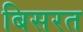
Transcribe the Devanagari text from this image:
बिसरत